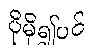
ပိုမို၍ပင်